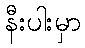
နီးပါးမှာ